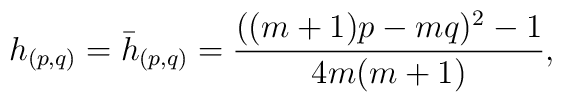
h_{(p,q)}=\bar{h}_{(p,q)}=\frac{((m+1)p-mq)^2-1}{4m(m+1)},